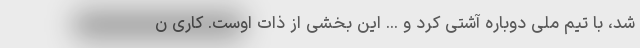
شد، با تیم ملی دوباره آشتی کرد و ... این بخشی از ذات اوست. کاری ن